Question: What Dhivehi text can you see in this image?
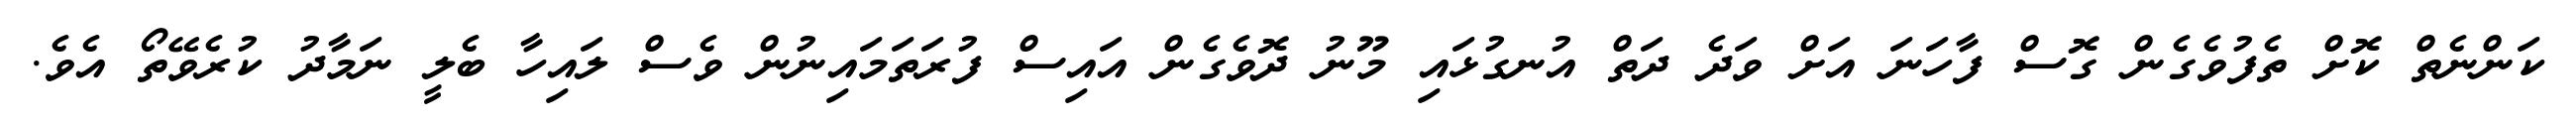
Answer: ކަންނެތް ކޮށް ތެފުވެގެން ގޮސް ފާހަނަ އަށް ވަދެ ދަތް އުނގުޅައި މޫނު ދޮވެގެން އައިސް ފުރަތަމައިނުން ވެސް ލައިހާ ބެލީ ނަމާދު ކުރެވޭތޯ އެވެ.